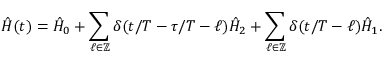
\hat { H } ( t ) = \hat { H } _ { 0 } + \sum _ { \ell \in \mathbb { Z } } \delta ( t / T - \tau / T - \ell ) \hat { H } _ { 2 } + \sum _ { \ell \in \mathbb { Z } } \delta ( t / T - \ell ) \hat { H } _ { 1 } .